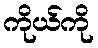
ကိုယ်ကို